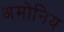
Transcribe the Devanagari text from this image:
अमोनिय